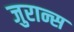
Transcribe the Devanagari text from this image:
जुरान्स